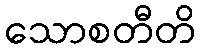
သောစတီတိ